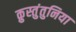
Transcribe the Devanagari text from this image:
क़ुस्तुंतुनिया